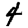
Digit: 4